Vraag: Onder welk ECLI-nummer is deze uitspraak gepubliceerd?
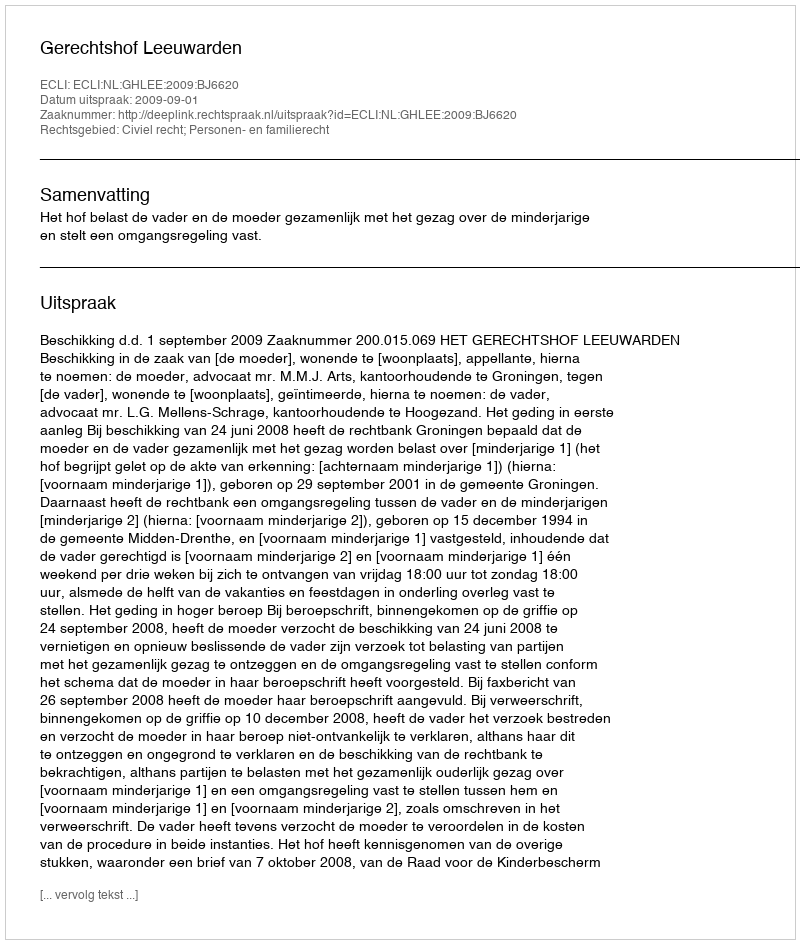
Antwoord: ECLI:NL:GHLEE:2009:BJ6620